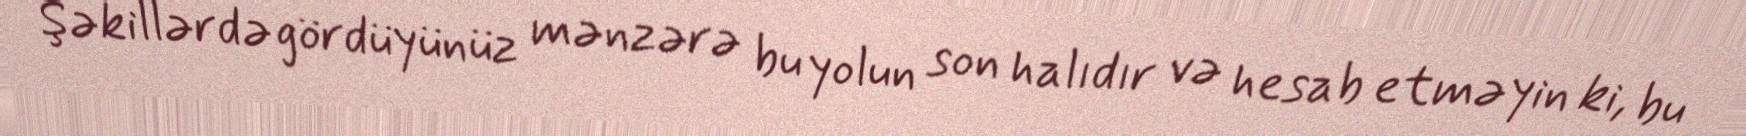
Şəkillərdə gördüyünüz mənzərə bu yolun son halıdır və hesab etməyin ki, bu